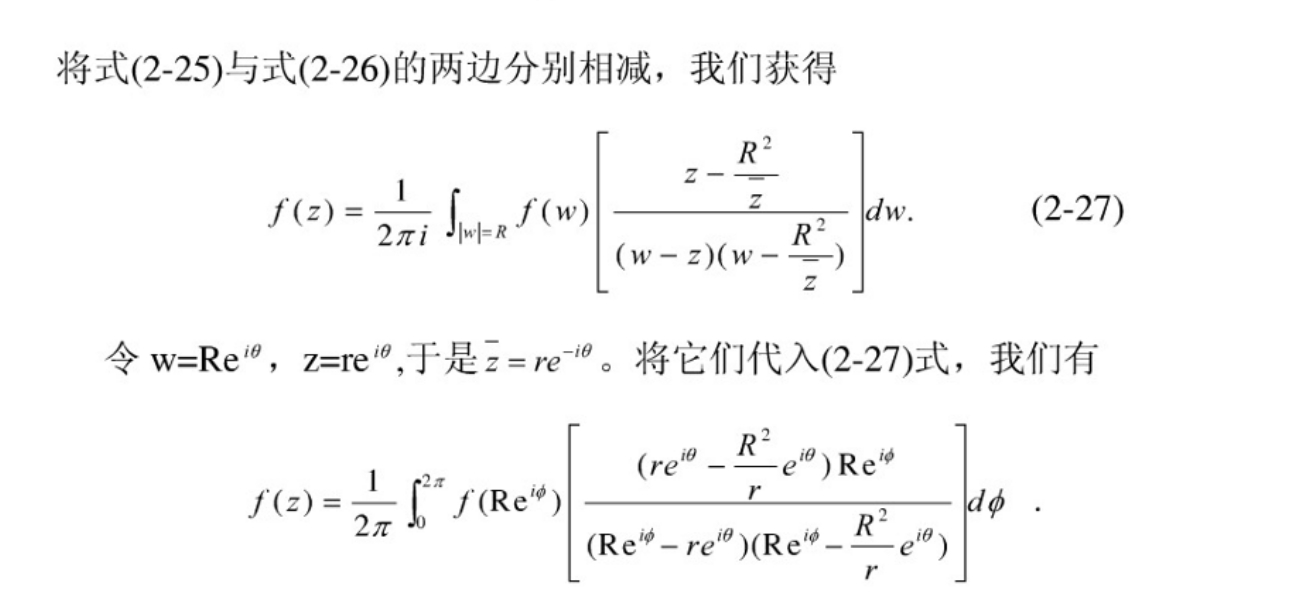
将式(2-25)与式(2-26)的两边分别相减，我们获得
\[
f(z)=\frac{1}{2\pi i}\int_{|w| = R}f(w)\left[\frac{z - \frac{R^{2}}{\overline{z}}}{(w - z)(w - \frac{R^{2}}{\overline{z}})}\right]dw. \quad(2-27)
\]
令\(w = Re^{i\theta}\)，\(z = re^{i\theta}\),于是\(\overline{z}=re^{-i\theta}\)。将它们代入(2-27)式，我们有
\[
f(z)=\frac{1}{2\pi}\int_{0}^{2\pi}f(Re^{i\phi})\left[\frac{(re^{i\theta}-\frac{R^{2}}{r}e^{i\theta})Re^{i\phi}}{(Re^{i\phi}-re^{i\theta})(Re^{i\phi}-\frac{R^{2}}{r}e^{i\theta})}\right]d\phi.
\]